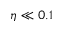
\eta \ll 0 . 1